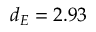
d _ { E } = 2 . 9 3